Parnu_Linna_Vaeslastekohus, lk 4
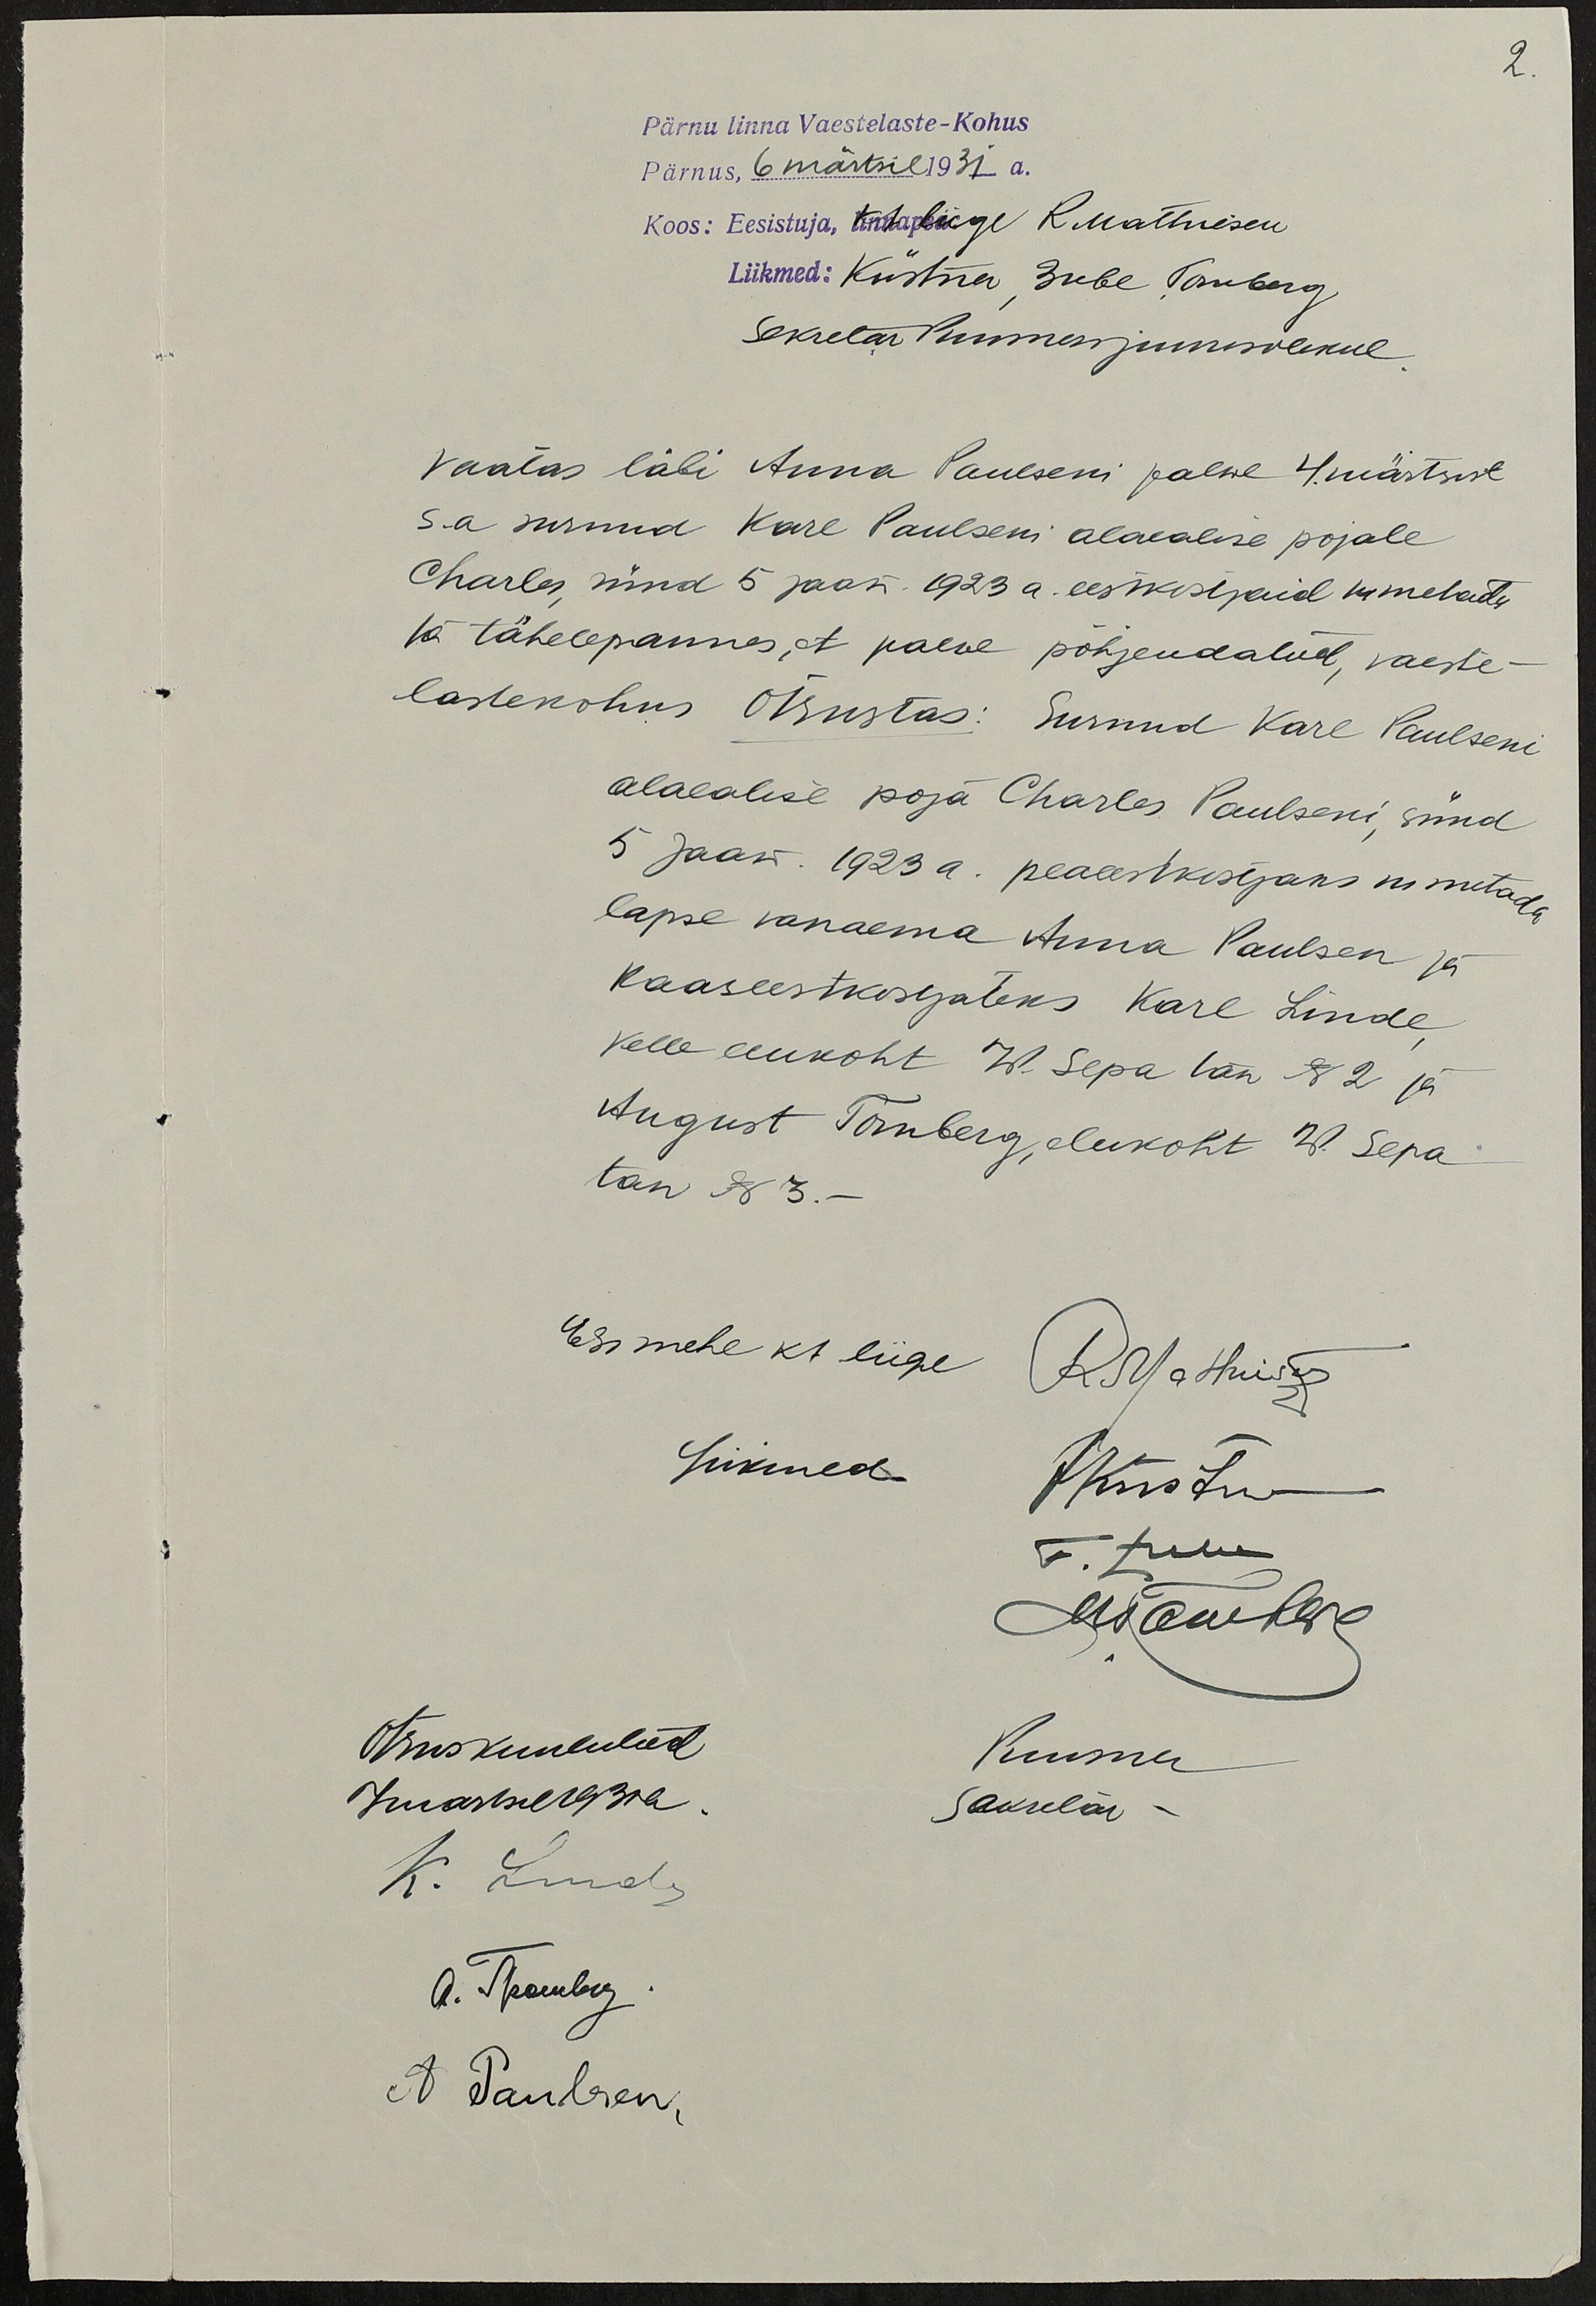
2.
Pärnu linna Vaestelaste-Kohus
Pärnus, 6 märtsil 1931 a.
Koos: Eesistuja, linnapea R Mathiesen
Liikmed: Küstner, Jube, Tomberg
Sekretär Punmeri juuresolekul
Vaatas läbi Anna Paulseni palwe 4. märtsist
s.a surnud Karl Paulseni alaealise pojale
Charles, sünd 5 jaan. 1923 a. eestkostjaid nimetatud
ja tähelepannes, et palve põhjendatud, vaeste
lastekohus Otsustas: surnud Karl Paulseni
alaealise poja Charles Paulseni, sünd
5 jaan. 1923 a. peaeestkostjaks nimetada
lapse vanaema Anna Paulsen ja
kaaseestkostjateks Karl Linde
kelle elukoht W. Sepa tän N 2 ja
August Tomberg, elukoht W. Sepa
tän N 3.-
Eesimehe kt liige  R Mathiesen
Liikmed
J Küstner
V. tuul
As Tomberg
Kuuma
Sekretär
Otsus kuulutud
Juartsel 1931 a.
K. Linde
A. Tomberg
A Paulsen.